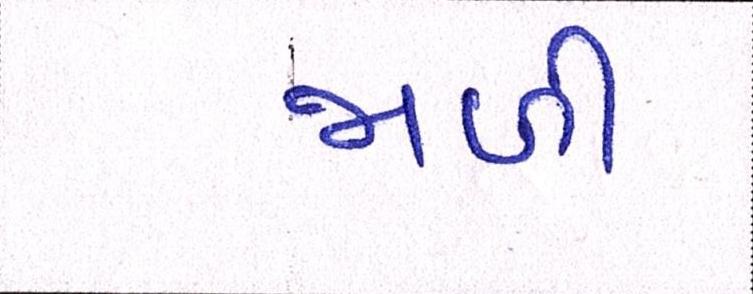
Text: જાળી